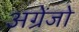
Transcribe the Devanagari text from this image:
अग्रेंजो